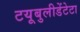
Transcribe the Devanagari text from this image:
टयूबुलीडेंटेटा